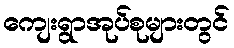
ကျေးရွာအုပ်စုများတွင်